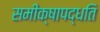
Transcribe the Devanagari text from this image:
समीक्षापद्धति